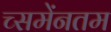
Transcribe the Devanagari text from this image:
च्समेंनतम